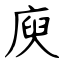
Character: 庾